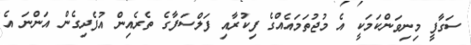
ސަގާފީ މިނިވަންކަމަކީ އެ މުޖުތަމައެއްގެ ފިކުރާއި ފަލްސަފާގެ ތެރެއިން އުފެދިގެން އަންނަ އެ